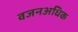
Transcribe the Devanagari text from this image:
वजनअधिक